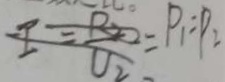
I = \frac { R _ { 2 } } { U _ { 2 } } p _ { 1 } : p _ { 2 }